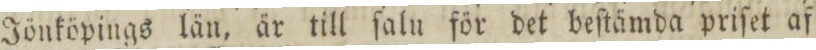
Jönköpings län, är till ſalu för det beſtämda priſet af